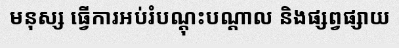
មនុស្ស ធ្វើការអប់រំបណ្តុះបណ្តាល និងផ្សព្វផ្សាយ